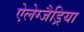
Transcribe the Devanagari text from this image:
ऐलेग्जैड्रिया